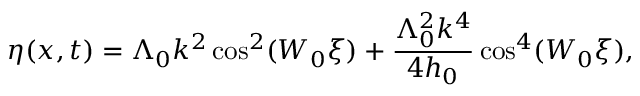
\eta ( x , t ) = \Lambda _ { 0 } k ^ { 2 } \cos ^ { 2 } ( W _ { 0 } \xi ) + \frac { \Lambda _ { 0 } ^ { 2 } k ^ { 4 } } { 4 h _ { 0 } } \cos ^ { 4 } ( W _ { 0 } \xi ) ,